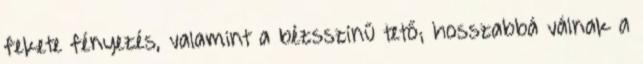
fekete fényezés, valamint a bézsszínű tető; hosszabbá válnak a